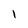
Character: 1